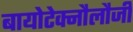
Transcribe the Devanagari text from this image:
बायोटेक्नौलौजी